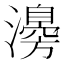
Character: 𤁻